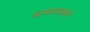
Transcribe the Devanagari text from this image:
धम्मरसाचे